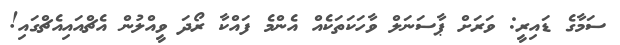
ސަމާގެ ޑައިރީ: ވަރަށް ޕާސަނަލް ވާހަކަތަކެއް އެންމެ ފައްކާ ރޯދަ ވީއްލުން އެޗްއައިއެޗްގައި!